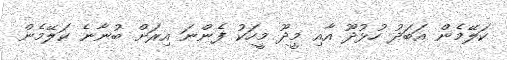
ކަލޭމެން އަބަދު ހުޅުދޫ އާއި މީދޫ މީހަކު ފެންނަ އިރަށް ބުނާނެ ކަލޭމެން